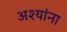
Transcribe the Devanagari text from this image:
अश्यांना